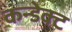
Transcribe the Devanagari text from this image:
कन्डेक्ट